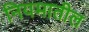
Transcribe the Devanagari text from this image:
नियमातील